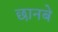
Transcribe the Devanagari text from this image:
छानबे